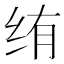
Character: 𬘠